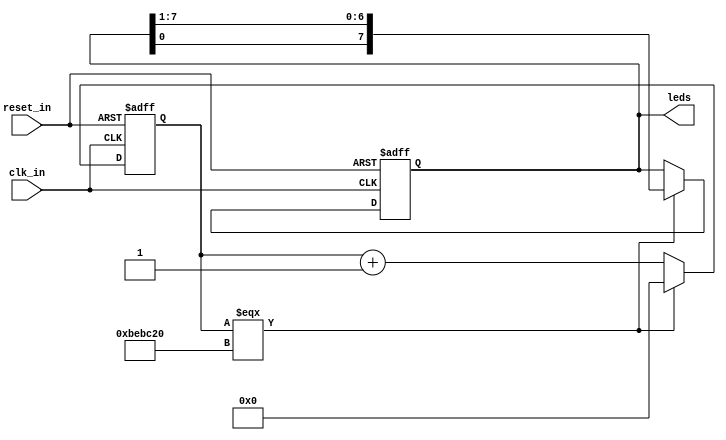
`ifdef SIM
    `define limit 32'd500
`else
    `define limit 32'd1250_0000
`endif

module led_pipe
(   
    input clk_in,
    input reset_in,
    output reg [7:0] leds
);

// clock counter
reg [31:0] clk_ctr;

always@(posedge clk_in or posedge reset_in)
begin
    if(reset_in)
    begin
        clk_ctr <= 32'd0;
        leds <= 8'b1000_0000;
    end
    
    else
    begin
        // fill your code here
        clk_ctr<=clk_ctr+1;
        if(clk_ctr===`limit)
        begin
            leds<={leds[0],leds[7:1]};
            clk_ctr<=0;
        end
        else
        begin
            leds<=leds;
        end
    end

end

endmodule